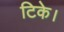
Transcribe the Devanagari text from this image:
टिके।